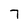
Character: 7